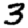
Digit: 3